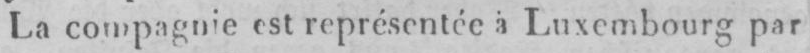
La compagnie est représentée à Luxembourg par